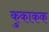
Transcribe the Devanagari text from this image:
कुकाकक